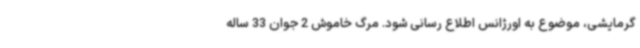
گرمایشی، موضوع به اورژانس اطلاع رسانی شود. مرگ خاموش 2 جوان 33 ساله